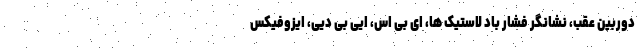
دوربین عقب، نشانگر فشار باد لاستیک ها، ای بی اس، ایی بی دیی، ایزوفیکس